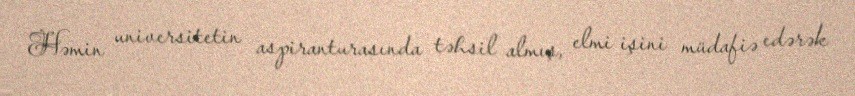
Həmin universitetin aspiranturasında təhsil almış, elmi işini müdafiə edərək